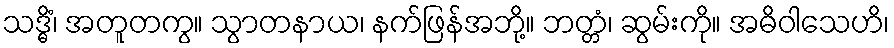
သဒ္ဓိံ၊ အတူတကွ။ သွာတနာယ၊ နက်ဖြန်အဘို့။ ဘတ္တံ၊ ဆွမ်းကို။ အဓိဝါသေဟိ၊